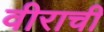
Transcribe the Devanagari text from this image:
वीराची